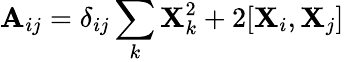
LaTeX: \mathbf{A}_{ij}=\delta_{ij}\sum_{k}{\mathbf{X}}_{k}^{2}+2[{\mathbf{X}}_{i},{\mathbf{X}}_{j}]